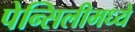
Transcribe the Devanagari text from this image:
पेन्सिलीमध्ये